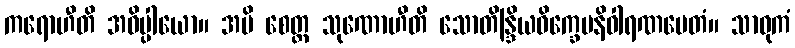
ကရောဟီတိ အဓိပ္ပါယော။ အပိ စေတ္ထ သုဏောဟီတိ သောတိန္ဒြိယဝိက္ခေပနိဝါရဏမေတံ။ သာဓုကံ